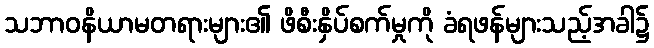
သဘာဝနိယာမတရားများ၏ ဖိစီးနှိပ်စက်မှုကို ခံရဖန်များသည့်အခါ၌